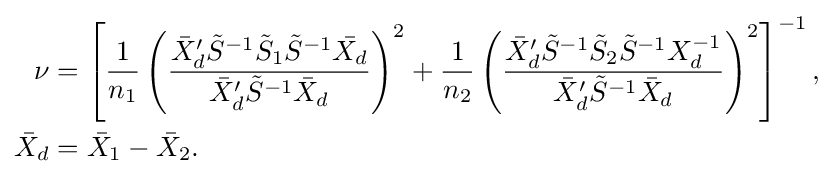
{\begin{aligned}\nu &=\left[{\frac {1}{n_{1}}}\left({\frac {{\bar {X}}_{d}'{\tilde {S}}^{-1}{\tilde {S}}_{1}{\tilde {S}}^{-1}{\bar {X_{d}}}}{{\bar {X}}_{d}'{\tilde {S}}^{-1}{\bar {X}}_{d}}}\right)^{2}+{\frac {1}{n_{2}}}\left({\frac {{\bar {X}}_{d}'{\tilde {S}}^{-1}{\tilde {S}}_{2}{\tilde {S}}^{-1}X_{d}^{-1}}{{\bar {X}}_{d}'{\tilde {S}}^{-1}{\bar {X}}_{d}}}\right)^{2}\right]^{-1},\\{\bar {X}}_{d}&={\bar {X}}_{1}-{\bar {X}}_{2}.\end{aligned}}